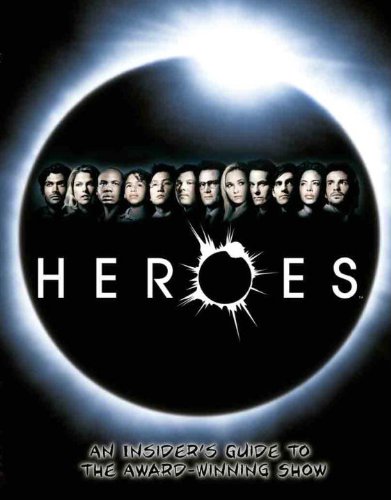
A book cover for Heroes: An Insider's Guide to the Award-Winning Show; Titan Books; Humor & Entertainment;